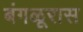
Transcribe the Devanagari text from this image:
बंगळूरास